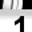
Digit: 1